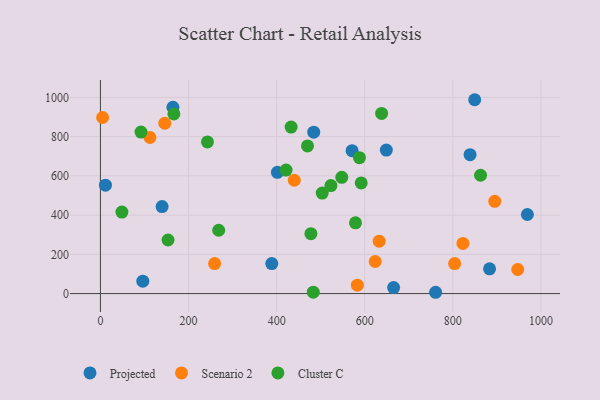
{"axis": {"x": "Investment", "y": "Demand"}, "legend": ["Cluster C", "Projected", "Scenario 2"], "data": [{"x": "401.8", "y": 618.2, "type": "Projected"}, {"x": "96.2", "y": 63.0, "type": "Projected"}, {"x": "839.1", "y": 708.0, "type": "Projected"}, {"x": "883.4", "y": 126.4, "type": "Projected"}, {"x": "760.9", "y": 6.6, "type": "Projected"}, {"x": "140.0", "y": 443.3, "type": "Projected"}, {"x": "665.6", "y": 30.7, "type": "Projected"}, {"x": "164.6", "y": 949.9, "type": "Projected"}, {"x": "849.6", "y": 988.2, "type": "Projected"}, {"x": "649.0", "y": 731.5, "type": "Projected"}, {"x": "484.2", "y": 822.6, "type": "Projected"}, {"x": "389.0", "y": 152.8, "type": "Projected"}, {"x": "11.4", "y": 552.5, "type": "Projected"}, {"x": "969.2", "y": 403.0, "type": "Projected"}, {"x": "571.3", "y": 728.6, "type": "Projected"}, {"x": "259.2", "y": 152.9, "type": "Scenario 2"}, {"x": "804.1", "y": 153.0, "type": "Scenario 2"}, {"x": "632.8", "y": 267.0, "type": "Scenario 2"}, {"x": "5.0", "y": 897.6, "type": "Scenario 2"}, {"x": "822.9", "y": 255.6, "type": "Scenario 2"}, {"x": "623.7", "y": 163.6, "type": "Scenario 2"}, {"x": "583.2", "y": 42.6, "type": "Scenario 2"}, {"x": "947.3", "y": 122.8, "type": "Scenario 2"}, {"x": "440.1", "y": 577.7, "type": "Scenario 2"}, {"x": "895.2", "y": 470.1, "type": "Scenario 2"}, {"x": "146.1", "y": 868.2, "type": "Scenario 2"}, {"x": "112.4", "y": 795.7, "type": "Scenario 2"}, {"x": "523.2", "y": 550.7, "type": "Cluster C"}, {"x": "588.0", "y": 692.8, "type": "Cluster C"}, {"x": "579.0", "y": 360.9, "type": "Cluster C"}, {"x": "48.8", "y": 415.7, "type": "Cluster C"}, {"x": "470.1", "y": 752.8, "type": "Cluster C"}, {"x": "432.9", "y": 848.7, "type": "Cluster C"}, {"x": "547.9", "y": 592.6, "type": "Cluster C"}, {"x": "477.8", "y": 305.3, "type": "Cluster C"}, {"x": "592.0", "y": 564.2, "type": "Cluster C"}, {"x": "92.1", "y": 823.2, "type": "Cluster C"}, {"x": "862.9", "y": 603.3, "type": "Cluster C"}, {"x": "153.5", "y": 273.1, "type": "Cluster C"}, {"x": "503.5", "y": 512.2, "type": "Cluster C"}, {"x": "243.0", "y": 773.3, "type": "Cluster C"}, {"x": "421.4", "y": 629.7, "type": "Cluster C"}, {"x": "638.3", "y": 918.5, "type": "Cluster C"}, {"x": "268.5", "y": 322.7, "type": "Cluster C"}, {"x": "483.2", "y": 6.9, "type": "Cluster C"}, {"x": "166.7", "y": 915.8, "type": "Cluster C"}]}